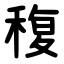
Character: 稪